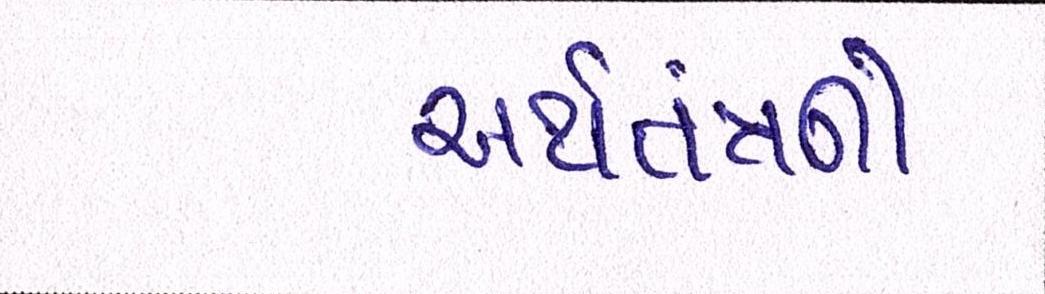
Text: અર્થતંત્રની